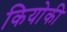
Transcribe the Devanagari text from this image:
कियोकी